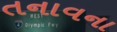
તનાવના